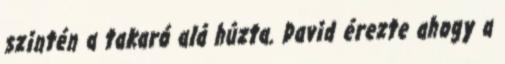
szintén a takaró alá húzta. David érezte ahogy a